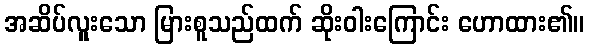
အဆိပ်လူူးသော မြားစူသည်ထက် ဆိုးဝါးကြောင်း ဟောထား၏။